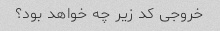
خروجی کد زیر چه خواهد بود؟